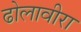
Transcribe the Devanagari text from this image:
ढोलावीरा